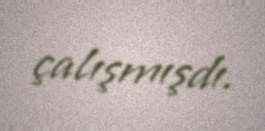
çalışmışdı.